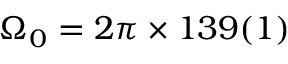
\Omega _ { 0 } = 2 \pi \times 1 3 9 ( 1 )